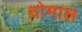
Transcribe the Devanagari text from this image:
धोमाल